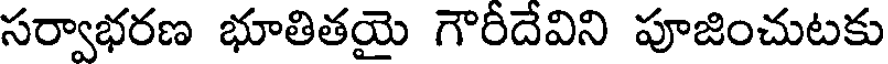
సర్వాభరణ భూతితయై గౌరీదేవిని పూజించుటకు